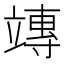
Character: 竱